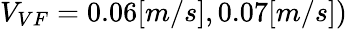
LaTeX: V_{VF}=0.06[m/s],0.07[m/s])